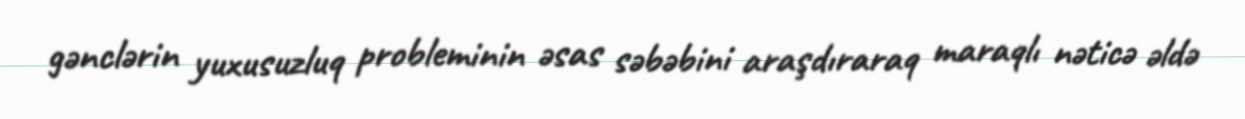
gənclərin yuxusuzluq probleminin əsas səbəbini araşdıraraq maraqlı nəticə əldə